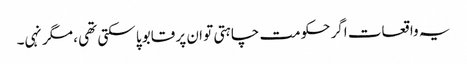
یہ واقعات اگر حکومت چاہتی تو ان پر قابو پا سکتی تھی ، مگر نہی۔